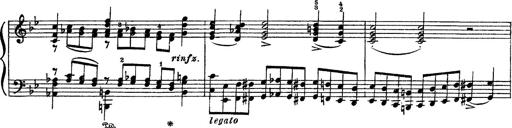
Title: Sarabande und Chaconne aus dem Singspiel
Composer: Franz Liszt